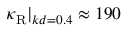
\kappa _ { \mathrm { R } } | _ { k d = 0 . 4 } \approx 1 9 0